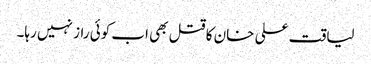
لیاقت علی خان کا قتل بھی اب کوئی راز نہیں رہا۔